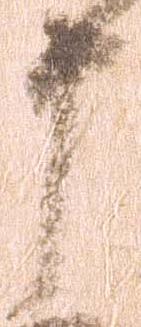
申